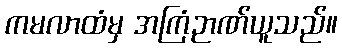
ကမလာထံမှ အကြံဉာဏ်ယူသည်။